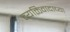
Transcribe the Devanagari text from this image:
व्यक्तिवादाच्या